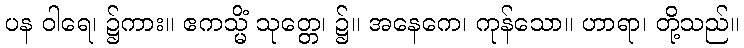
ပန ဝါရေ၊ ၌ကား။ ဧကသ္မိံ သုတ္တေ၊ ၌။ အနေကေ၊ ကုန်သော။ ဟာရာ၊ တို့သည်။